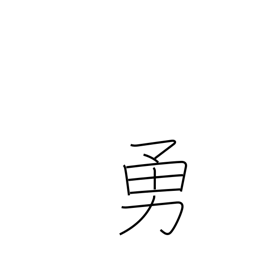
Meaning: be in high spirits